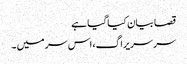
قصا بیان کیا گیا ہے
سر سریراگ، اس سر میں ۔